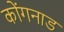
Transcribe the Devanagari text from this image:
कोंगनाड